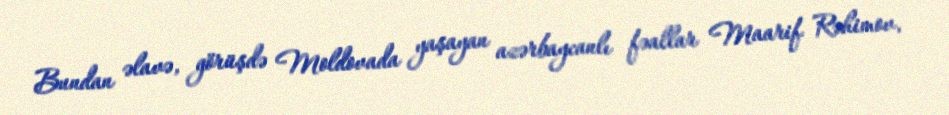
Bundan əlavə, görüşdə Moldovada yaşayan azərbaycanlı fəallar Maarif Rəhimov,